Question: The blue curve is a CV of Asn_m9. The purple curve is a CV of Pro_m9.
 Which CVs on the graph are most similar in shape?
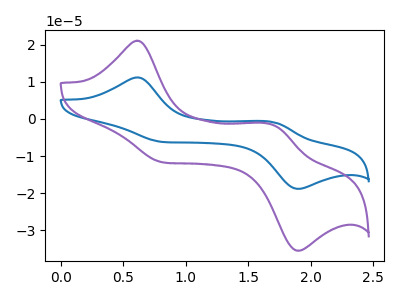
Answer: <think>The blue curve "Asn_m9" has anodic peaks at (0.60V, 11.15uA) (1.70V, -0.80uA) and cathodic peaks at (0.85V, -6.25uA) (1.90V, -18.80uA). The purple curve "Pro_m9" has anodic peaks at (0.60V, 21.00uA) (1.70V, -1.45uA) and cathodic peaks at (0.85V, -11.75uA) (1.90V, -35.45uA).
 All the peaks in "Asn_m9" have a peak in "Pro_m9" at the same potential.</think>
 <answer>"Pro_m9" and "Asn_m9" have the same shape and are likely CV's of the same chemical.</answer>
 <eval>"Pro_m9" "Asn_m9"</eval>